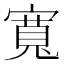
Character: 寬